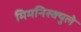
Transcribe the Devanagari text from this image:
मिमनिस्क्युले